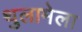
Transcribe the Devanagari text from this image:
थुलामेला